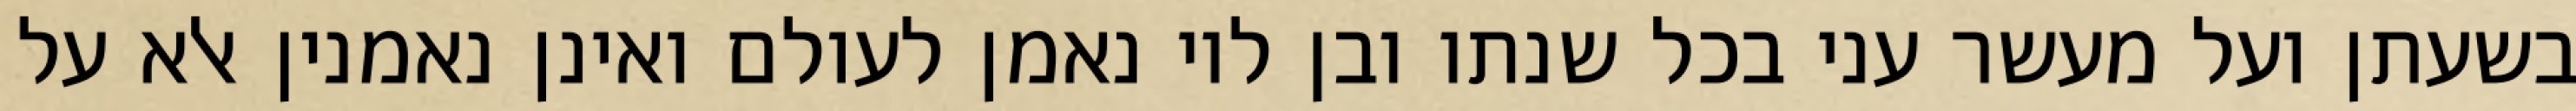
בשעתן ועל מעשר עני בכל שנתו ובן לוי נאמן לעולם ואינן נאמנין אלא על